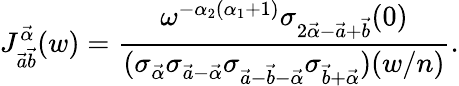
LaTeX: J_{\vec{a}\vec{b}}^{\vec{\alpha}}(w)=\frac{\omega^{-\alpha_{2}(\alpha_{1}+1)}\sigma_{2\vec{\alpha}-\vec{a}+\vec{b}}(0)}{(\sigma_{\vec{\alpha}}\sigma_{\vec{a}-\vec{\alpha}}\sigma_{\vec{a}-\vec{b}-\vec{\alpha}}\sigma_{\vec{b}+\vec{\alpha}})(w/n)}.